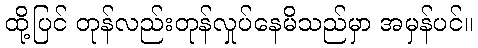
ထို့ပြင် တုန်လည်းတုန်လှုပ်နေမိသည်မှာ အမှန်ပင်။